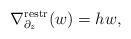
LaTeX: \begin{align*}\nabla^{\mathrm{restr}}_{\partial_{z}}(w) = hw,\end{align*}